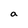
Character: a